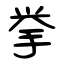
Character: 挙